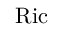
\operatorname { R i c }